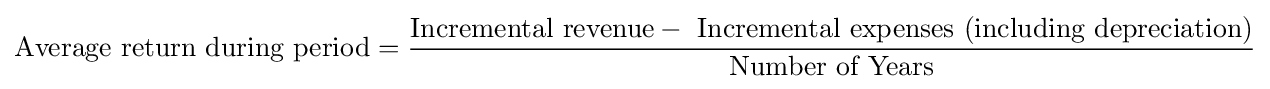
{\mbox{Average return during period}}={{\mbox{Incremental revenue}}-{\mbox{ Incremental expenses (including depreciation)}} \over {\mbox{Number of Years}}}